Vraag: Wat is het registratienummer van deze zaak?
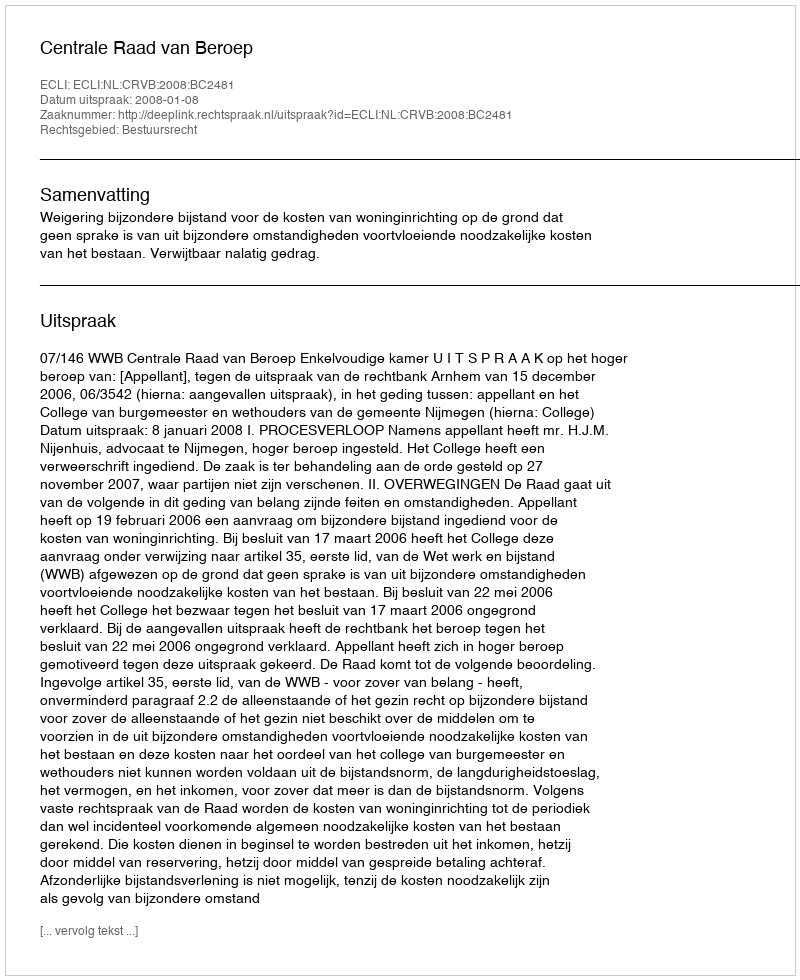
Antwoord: http://deeplink.rechtspraak.nl/uitspraak?id=ECLI:NL:CRVB:2008:BC2481